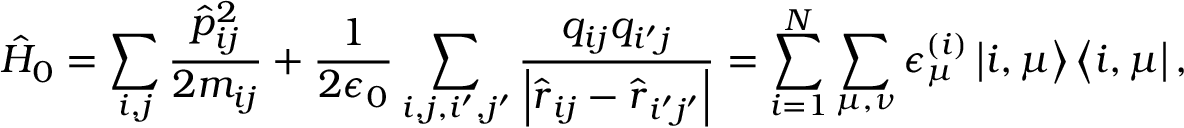
\hat { H } _ { 0 } = \sum _ { i , j } \frac { \hat { p } _ { i j } ^ { 2 } } { 2 m _ { i j } } + \frac { 1 } { 2 \epsilon _ { 0 } } \sum _ { i , j , i ^ { \prime } , j ^ { \prime } } \frac { q _ { i j } q _ { i ^ { \prime } j } } { \left| \hat { \boldsymbol r } _ { i j } - \hat { \boldsymbol r } _ { i ^ { \prime } j ^ { \prime } } \right| } = \sum _ { i = 1 } ^ { N } \sum _ { \mu , \nu } \epsilon _ { \mu } ^ { ( i ) } \left| i , \mu \right> \left< i , \mu \right| ,